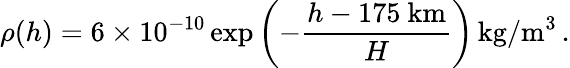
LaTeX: \rho(h)=6\times 10^{-10}\exp\left(-\frac{h-175~\textrm{km}}{H}\right)\, \textrm{kg}/\textrm{m}^{3}\, .